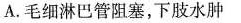
A.毛细淋巴管阻塞，下肢水肿